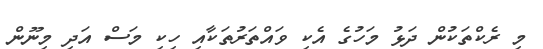
މި ރެކްތަކުން ދަޅު މަހުގެ އެކި ވައްތަރުތަކާއި ހިކި މަސް އަދި މިނޫން